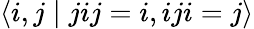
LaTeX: \langle i,j\mid jij=i,iji=j\rangle